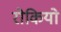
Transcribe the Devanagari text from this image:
रोकियो